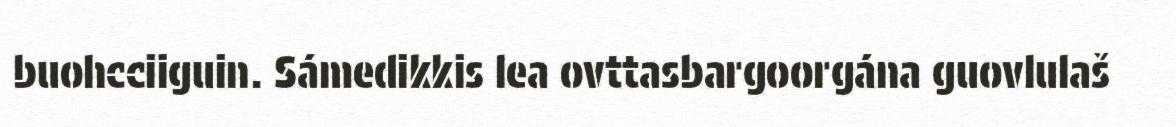
buohcciiguin. Sámedikkis lea ovttasbargoorgána guovlulaš